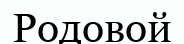
Родовой